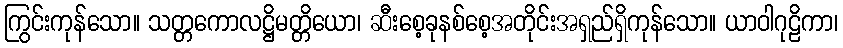
ကြွင်းကုန်သော။ သတ္တကောလဋ္ဌိမတ္တိယော၊ ဆီးစေ့ခုနစ်စေ့အတိုင်းအရှည်ရှိကုန်သော။ ယာဝါဂုဠိကာ၊